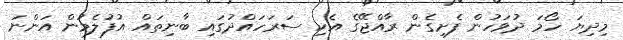
މިދިޔަ ހޯމަ ދުވަހުން ފެށިގެން ރާއްޖޭގެ އެކި ސަރަހައްދުގައި ބާނިތައް އުފުލެމުން އަންނަ